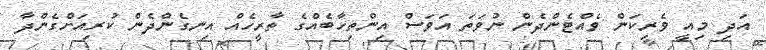
އަދި މިއީ ވެރިކަން ވެއްޓެންދެން ނުވަތަ އަވަސް އިންތިހާބެއްގެ ތާރީހެއް އިނގެންދެން ކުރިއަށްގެންދާ